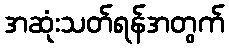
အဆုံးသတ်ရန်အတွက်